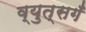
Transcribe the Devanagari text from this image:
व्युत्सगँ